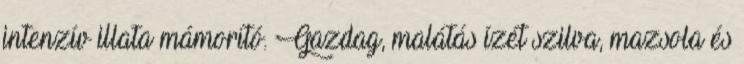
intenzív illata mámorító. Gazdag, malátás ízét szilva, mazsola és